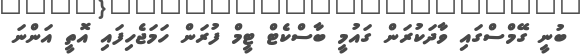
ބުނީ ގޭމްސްގައި ވާދަކުރަން ގައުމީ ބާސްކެޓް ޓީމް ފުރަން ހަމަޖެހިފައި އޮތީ އަންނަ